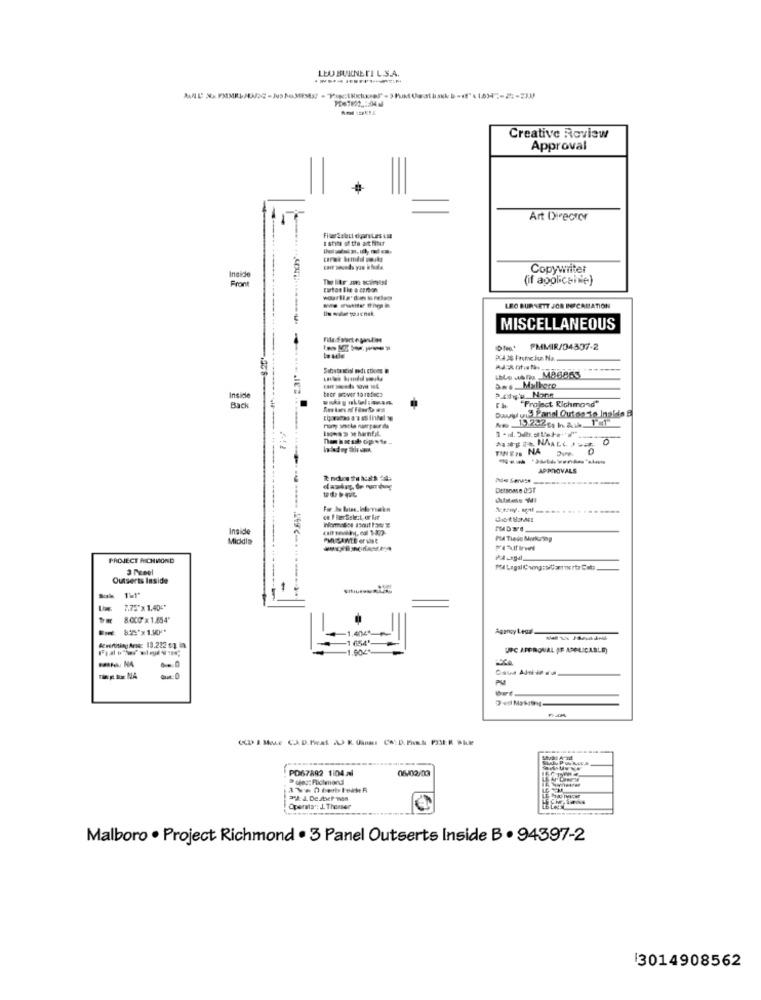
LEO BURNETT L.S.A.
Creative Review
Approval
Art Director
FiverEelect diyanLes ist
Insiste
Copywriter
Front
(if applicable)
carton I ke a carbon
wourila'dan is reles
LEO BURNETT JOR INFCAUSATION
MISCELLANEOUS
ON PMMIR/04337-2
tecr pover to mitac?
Das. Malboro
Inside
"Project Richmond"
Back
boa 3 se hamnfil.
TINEN NA
APPROVALS
Detsome UST
....
ce F Des Select, or fir
Inside
Middia
PMICANTE or vist
Ple Tiedo Maikring
PROJECT RICHMOND
3 Peel
Pfl Lagal Cheng:o Cam merta Este
Outserts Inside
7.75"x 1.404"
8.000 x 1,854'
-1.404*
Agency Legal
-1 654'
-1.604%
UPC AFFRONAL IF APPLICABLE)
PO67892 1104 al
05/02/03
D ofes: Richmond
35: J. De.sternen
Operata": J. Thenser
Malboro . Project Richmond . 3 Panel Outserts Inside B . 94397-2
3014908562